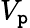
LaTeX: V_{\mathtt{p}}